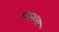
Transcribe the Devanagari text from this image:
आनला